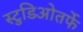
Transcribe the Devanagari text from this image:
स्टुडिओतर्फे